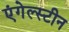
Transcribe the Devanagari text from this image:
एंगेल्स्टीन